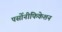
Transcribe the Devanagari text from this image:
पर्सोनीफिकेशन